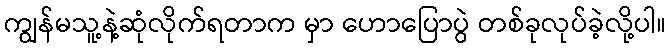
ကျွန်မသူ့နဲ့ဆုံလိုက်ရတာက မှာ ဟောပြောပွဲ တစ်ခုလုပ်ခဲ့လို့ပါ။